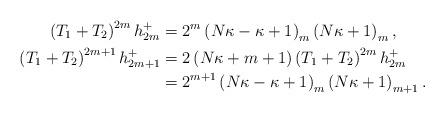
LaTeX: \begin{align*}\left( T_{1}+T_{2}\right) ^{2m}h_{2m}^{+} & =2^{m}\left( N\kappa-\kappa+1\right) _{m}\left( N\kappa+1\right) _{m},\\\left( T_{1}+T_{2}\right) ^{2m+1}h_{2m+1}^{+} & =2\left( N\kappa+m+1\right) \left( T_{1}+T_{2}\right) ^{2m}h_{2m}^{+}\\& =2^{m+1}\left( N\kappa-\kappa+1\right) _{m}\left( N\kappa+1\right)_{m+1}.\end{align*}